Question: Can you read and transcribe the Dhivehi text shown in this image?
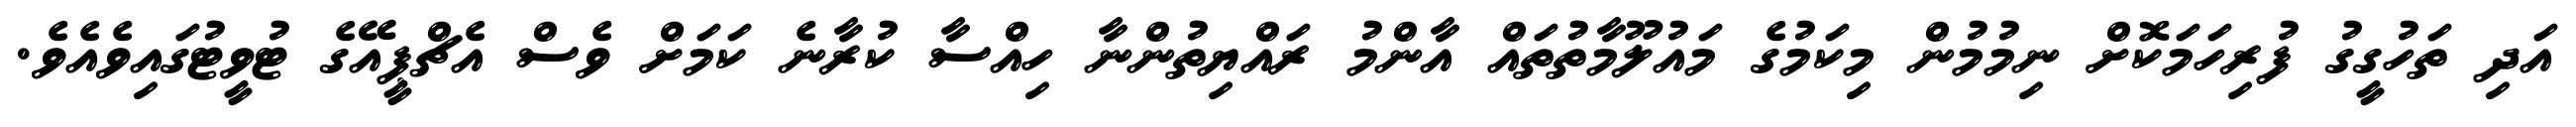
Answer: އަދި ތަހުގީގު ފުރިހަމަކޮށް ނިމުމުން މިކަމުގެ މައުލޫމާތުތައް އާންމު ރައްޔިތުންނާ ހިއްސާ ކުރާނެ ކަމަށް ވެސް އެޗްޕީއޭގެ ޓުވީޓުގައިވެއެވެ.